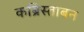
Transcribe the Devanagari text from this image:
कब्रिस्ताबन